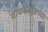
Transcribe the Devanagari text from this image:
गायकवाडच्या